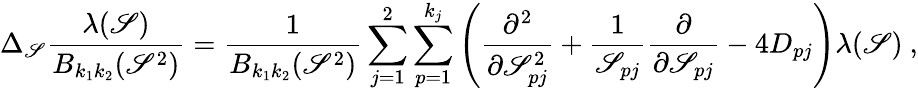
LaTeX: \Delta_{\mathscr{S}}\frac{{\lambda(\mathscr{S})}}{{B_{k_{1}k_{2}}(\mathscr{S}^{2})}}=\frac{{1}}{{B_{k_{1}k_{2}}(\mathscr{S}^{2})}}\sum_{j=1}^{2}\sum_{p=1}^{k_{j}}\left(\frac{{\partial^{2}}}{{\partial\mathscr{S}_{pj}^{2}}}+\frac{{1}}{{\mathscr{S}_{pj}}}\frac{{\partial}}{{\partial\mathscr{S}_{pj}}}-4D_{pj}\right)\lambda(\mathscr{S})\ ,